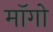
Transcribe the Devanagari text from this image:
माॅगो